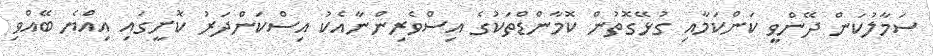
ސަމާލުކަން ދޭންވީ ކަންކަމާއި ގުޅޭގޮތުން ކޮމާންޑްތަކުގެ އިސްވެރިންނާއެކު އިސްކަންދަރު ކޮށީގައި އިއްޔެ ބޭއްވި